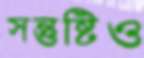
সন্তুষ্টিও